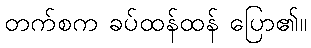
တက်စက ခပ်ထန်ထန် ပြော၏။